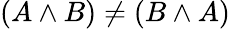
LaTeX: (A\land B)\neq(B\land A)